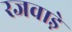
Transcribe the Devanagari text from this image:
रजवाडे़